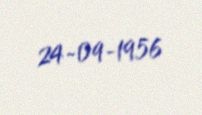
24-09-1956